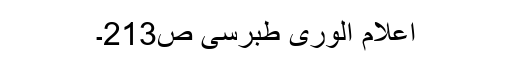
اعلام الوری طبرسی ص213۔